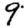
Digit: 9